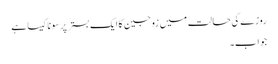
روزے کی حالت میں زوجین کا ایک بستر پر سونا کیسا ہے
جواب۔